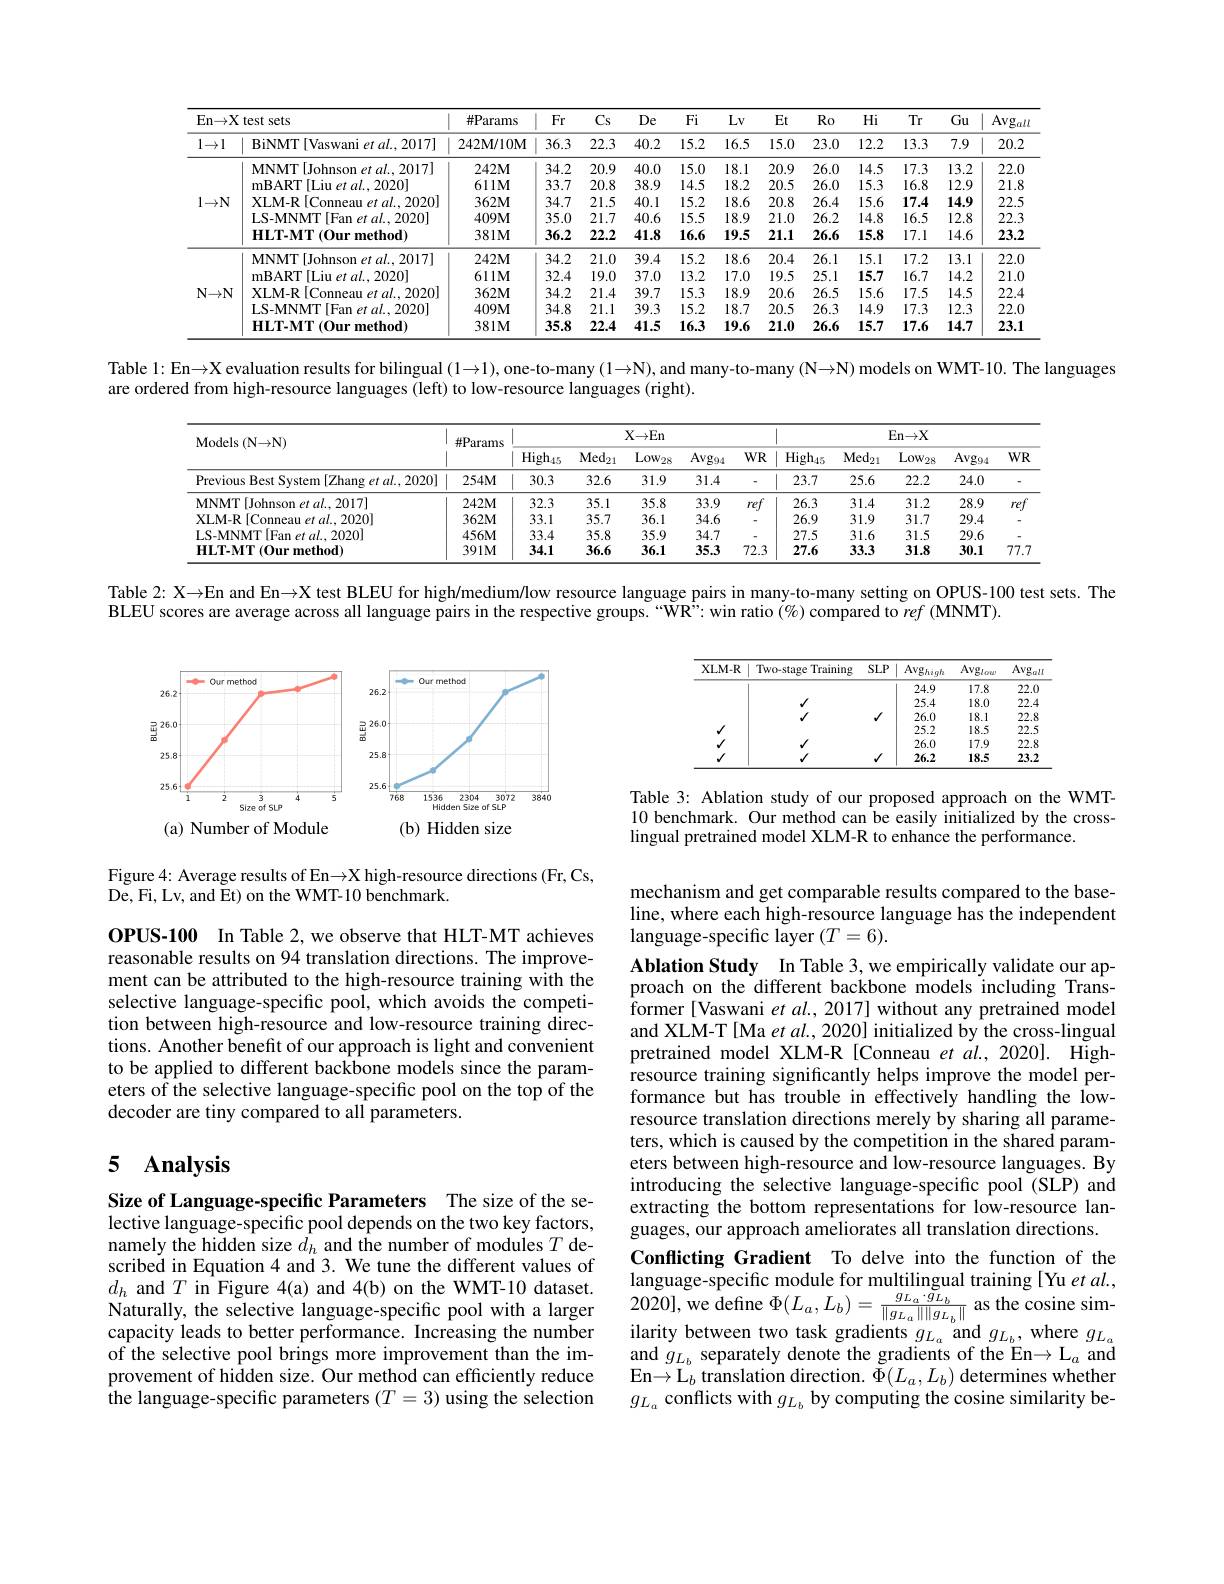
<table>
	<tbody>
		<tr>
			<th colspan="2">En$\to$X test sets</th>
			<th rowspan="2">$\#\mathbb{P}$arams $242\mathbf{M}/10\mathbf{M}$</th>
			<th rowspan="2">$Fr$ 36.3</th>
			<th rowspan="2">$Cs$ 22.3</th>
			<th rowspan="2">De 40.2</th>
			<th>Fi</th>
			<th rowspan="2">Et 15.0</th>
			<th>$Ro$</th>
			<th rowspan="2">$Hi$ 12.2</th>
			<th rowspan="2">$Tr$ 13.3</th>
			<th rowspan="2">Gu 7.9</th>
			<th rowspan="2">$\operatorname{Avg}_{\alpha l.}$ 20.2</th>
		</tr>
		<tr>
			<th>$1\to1$</th>
			<th>BiNMT [Vaswani et al..2017]</th>
			<th>15.2</th>
			<th>23.0</th>
		</tr>
		<tr>
			<td rowspan="5">$1\to\mathbb{N}$</td>
			<td>MNMT[Johnson $et$ $al. 2017]$</td>
			<td>$242\mathbf{M}$</td>
			<td>34.2</td>
			<td>20.9</td>
			<td>40.0</td>
			<td>15.0</td>
			<td>20.9</td>
			<td>26.0</td>
			<td>14.5</td>
			<td>17.3</td>
			<td>13.2</td>
			<td>22.0</td>
		</tr>
		<tr>
			<td>mBART[Liu et al., 2020]</td>
			<td>$611M$</td>
			<td>33.7</td>
			<td>20.8</td>
			<td>38.9</td>
			<td>14.5</td>
			<td>20.5</td>
			<td>26.0</td>
			<td>15.3</td>
			<td>16.8</td>
			<td>12.9</td>
			<td>21.8</td>
		</tr>
		<tr>
			<td>$\mathbf{XLM-R}$ [Conneau et al., 2020]</td>
			<td>$362\mathbf{M}$</td>
			<td>34.7</td>
			<td>21.5</td>
			<td>40.1</td>
			<td>15.2</td>
			<td>20.8</td>
			<td>26.4</td>
			<td>15.6</td>
			<td>17.4</td>
			<td>14.9</td>
			<td>22.5</td>
		</tr>
		<tr>
			<td>LS-MNMT[Fan et al., 2020]</td>
			<td>$409M$</td>
			<td>35.0</td>
			<td>21.7</td>
			<td>40.6</td>
			<td>15.5</td>
			<td>21.0</td>
			<td>26.2</td>
			<td>14.8</td>
			<td>16.5</td>
			<td>12.8</td>
			<td>22.3</td>
		</tr>
		<tr>
			<td>${\mathrm{HLT-MT}}\left(0{\mathrm{ur~method}}\right)$</td>
			<td>$381M$</td>
			<td>36.2</td>
			<td>22.2</td>
			<td>41.8</td>
			<td>16.6</td>
			<td>21.1</td>
			<td>26.6</td>
			<td>15.8</td>
			<td>17.1</td>
			<td>14.6</td>
			<td>23.2</td>
		</tr>
		<tr>
			<td rowspan="5">$\mathbf{N}\rightarrow\mathbf{N}$</td>
			<td>MNMT[Johnson et al.2017]</td>
			<td>$242\mathbf{M}$</td>
			<td>34.2</td>
			<td>21.0</td>
			<td>39.4</td>
			<td>15.2</td>
			<td>20.4</td>
			<td>26.1</td>
			<td>15.1</td>
			<td>17.2</td>
			<td>13.1</td>
			<td>22.0</td>
		</tr>
		<tr>
			<td>mBART$\left [ \text{Liu et al. , 2020}\right ]$</td>
			<td>$611M$</td>
			<td>32.4</td>
			<td>19.0</td>
			<td>37.0</td>
			<td>13.2</td>
			<td>19.5</td>
			<td>25.1</td>
			<td>15.7</td>
			<td>16.7</td>
			<td>14.2</td>
			<td>21.0</td>
		</tr>
		<tr>
			<td>[Conneau et $al.,2020]$ $\mathbf{XLM-R}$</td>
			<td>$362M$</td>
			<td>34.2</td>
			<td>21.4</td>
			<td>39.7</td>
			<td>15.3</td>
			<td>20.6</td>
			<td>26.5</td>
			<td>15.6</td>
			<td>17.5</td>
			<td>14.5</td>
			<td>22.4</td>
		</tr>
		<tr>
			<td>$IS-MNMT$ [Fan et al.,2020]</td>
			<td>$409M$</td>
			<td>34.8</td>
			<td>21.1</td>
			<td>39.3</td>
			<td>15.2</td>
			<td>20.5</td>
			<td>26.3</td>
			<td>14.9</td>
			<td>17.3</td>
			<td>12.3</td>
			<td>22.0</td>
		</tr>
		<tr>
			<td>HLT-MT (Our method)</td>
			<td>$381M$</td>
			<td>35.8</td>
			<td>22.4</td>
			<td>41.5</td>
			<td>16.3</td>
			<td>21.0</td>
			<td>26.6</td>
			<td>15.7</td>
			<td>17.6</td>
			<td>14.7</td>
			<td>23.1</td>
		</tr>
	</tbody>
</table>

Table l: En$\to\mathbb{X}$ evaluation results for bilingual $(1\to1)$, one-to-many $(1\to\mathbb{N})$, and many-to-many (N→N) models on WMT-10. The languages

are ordered from high-resource languages (left) to low-resource languages (right).

<table>
	<tbody>
		<tr>
			<th rowspan="2">Models ( N$\to$N) </th>
			<th rowspan="2">$\#$Params</th>
			<th colspan="5">$\mathbf{X}{\rightarrow}\mathbf{En}$</th>
			<th> </th>
			<th colspan="4">$\operatorname{En}$</th>
		</tr>
		<tr>
			<th>$\mathrm{High}_{45}$</th>
			<th>$\mathrm{Med}_{21}$</th>
			<th>W28 $Av;$</th>
			<th>$W$ 394</th>
			<th>$WR$</th>
			<th>$\mathrm{High}_{45}$</th>
			<th>$\mathrm{Med}_{21}$</th>
			<th>$\mathrm{Low}_{28}$</th>
			<th>$\mathrm{Avg}_{94}$</th>
			<th>$WR$</th>
		</tr>
		<tr>
			<td>Previous Best System [Zhang et al.,2020]</td>
			<td>$254M$</td>
			<td>30.3 1</td>
			<td>32.6</td>
			<td>1.9 31</td>
			<td>.4</td>
			<td>-</td>
			<td>23.7 </td>
			<td>25.6</td>
			<td>22.2</td>
			<td>24.0</td>
			<td> </td>
		</tr>
		<tr>
			<td>MNMT[Johnson et al.2017]</td>
			<td>$242M$</td>
			<td>32.3</td>
			<td>35.1</td>
			<td>5.8 33</td>
			<td>.9 $r\epsilon$</td>
			<td>$re$</td>
			<td>26.3</td>
			<td>31.4</td>
			<td>31.2</td>
			<td>28.9</td>
			<td>ref</td>
		</tr>
		<tr>
			<td>$(al,2020)$ $XLM-R$ $||(n_{1})$</td>
			<td>$362M$</td>
			<td>33.1</td>
			<td>35.7</td>
			<td>34 6.1</td>
			<td>.6</td>
			<td> </td>
			<td>26.9</td>
			<td>31.9</td>
			<td>31.7</td>
			<td>29.4</td>
			<td> </td>
		</tr>
		<tr>
			<td>$u_{-2020}$</td>
			<td>$456M$</td>
			<td>33.4</td>
			<td>35.8</td>
			<td>34 5.9</td>
			<td>.7</td>
			<td> </td>
			<td>27.5</td>
			<td>31.6</td>
			<td>31.5</td>
			<td>29.6</td>
			<td> </td>
		</tr>
		<tr>
			<td>HI.T-MT nethod</td>
			<td>$391M$</td>
			<td>34.1</td>
			<td>36.6</td>
			<td>35 6.1</td>
			<td>.3 72</td>
			<td>72.3</td>
			<td>27.6</td>
			<td>33.3</td>
			<td>31.8</td>
			<td>30.1</td>
			<td>77.7</td>
		</tr>
	</tbody>
</table>

Table 2: X→En and En→X test BLEU for high/medium$l$low resource language pairs in many-to-many setting on OPUS-100 test sets. The

BLEU scores are average across all language pairs in the respective groups.“WR”: win ratio(%) compared to ref (MNMT).

<table>
	<tbody>
		<tr>
			<th>$\mathbf{XLM-R}$</th>
			<th>Two-stage Training</th>
			<th>$SLP$</th>
			<th>Avg$_{high}$</th>
			<th>$\mathrm{Avg}_{low}$</th>
			<th>$\mathrm{Avg}_{all}$</th>
		</tr>
		<tr>
			<td> </td>
			<td> </td>
			<td> </td>
			<td>24.9</td>
			<td>17.8</td>
			<td>22.0</td>
		</tr>
		<tr>
			<td> </td>
			<td>$√$</td>
			<td> </td>
			<td>25.4</td>
			<td>18.0</td>
			<td>22.4</td>
		</tr>
		<tr>
			<td> </td>
			<td> </td>
			<td>$√$</td>
			<td>26.0</td>
			<td>18.1</td>
			<td>22.8</td>
		</tr>
		<tr>
			<td>$√$</td>
			<td> </td>
			<td> </td>
			<td>25.2</td>
			<td>18.5</td>
			<td>22.5</td>
		</tr>
		<tr>
			<td>$√$</td>
			<td>$A$</td>
			<td> </td>
			<td>26.0</td>
			<td>17.9</td>
			<td>22.8</td>
		</tr>
		<tr>
			<td>$√$</td>
			<td> </td>
			<td>$√$</td>
			<td>26.2</td>
			<td>18.5</td>
			<td>23.2</td>
		</tr>
	</tbody>
</table>

<FigureHere>

Table 3: Ablation study of our proposed approach on the WMT- 10 benchmark. Our method can be easily initialized by the crosslingual pretrained model XLM-R to enhance the performance.

Figure 4: Average results of En→X high-resource directions (Fr, Cs,
De, Fi, Lv, and Et) on the WMT-10 benchmark.

mechanism and get comparable results compared to the baseline, where each high-resource language has the independent language-specific layer $(T=6).$

OPUS-100 In Table 2, we observe that HLT-MT achieves reasonable results on 94 translation directions. The improvement can be attributed to the high-resource training with the selective language-specific pool, which avoids the competition between high-resource and low-resource training directions. Another benefit of our approach is light and convenient to be applied to different backbone models since the parameters of the selective language-specific pool on the top of the decoder are tiny compared to all parameters.

## 5 $\mathbf{Analysis}$

Ablation Study In Table 3, we empirically validate our approach on the different backbone models including Transformer[Vaswani et $al.,2017]$ without any pretrained model and XLM-T[Ma et al., 2020] initialized by the cross-lingual pretrained model XLM-R [Conneau et al., 2020]. Highresource training significantly helps improve the model performance but has trouble in effectively handling the lowresource translation directions merely by sharing all parameters, which is caused by the competition in the shared parameters between high-resource and low-resource languages. By introducing the selective language-specific pool (SLP) and extracting the bottom representations for low-resource languages, our approach ameliorates all translation directions. Conflicting Gradient To delve into the function of the language-specific module for multilingual training[Yu et al., 2020],we define $\Phi(L_a,L_b)=\frac{g_{L_a}\cdot g_{L_b}}{\|g_{L_a}\|\|g_{L_b}\|}$ as the cosine similarity between two task gradients $g_{L_a}$ and $g_{L_b}$, where $g_{L_a}$ and $g_{L_b}$ separately denote the gradients of the En$\to\mathcal{L}_a$ and En$\to L_{b}$ translation direction. $\Phi ( L_{a}, L_{b})$ determines whether $g_{L_a}$ conflicts with $g_L_b$ by computing the cosine similarity be-

Size of Language-specific Parameters The size of the selective language-specific pool depends on the two key factors, namely the hidden size $d_h$ and the number of modules $T$ described in Equation 4 and 3. We tune the different values of $d_h$ and $T$ in Figure 4(a) and 4(b) on the WMT-10 dataset. Naturally, the selective language-specific pool with a larger capacity leads to better performance. Increasing the number of the selective pool brings more improvement than the improvement of hidden size. Our method can efficiently reduce the language-specific parameters $(T=3)$ using the selection